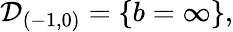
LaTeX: {\cal D}_{(-1,0)}=\{ b=\infty\} ,